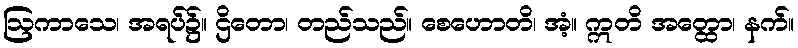
ဩကာသေ၊ အရပ်၌။ ဌိတော၊ တည်သည်။ စေဟောတိ၊ အံ့။ ဣတိ အတ္ထော၊ နက်။